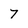
Character: 7